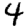
Digit: 4